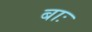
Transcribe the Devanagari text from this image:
बाः